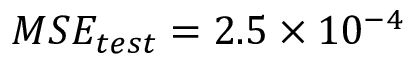
M S E _ { t e s t } = 2 . 5 \times 1 0 ^ { - 4 }